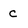
Character: c